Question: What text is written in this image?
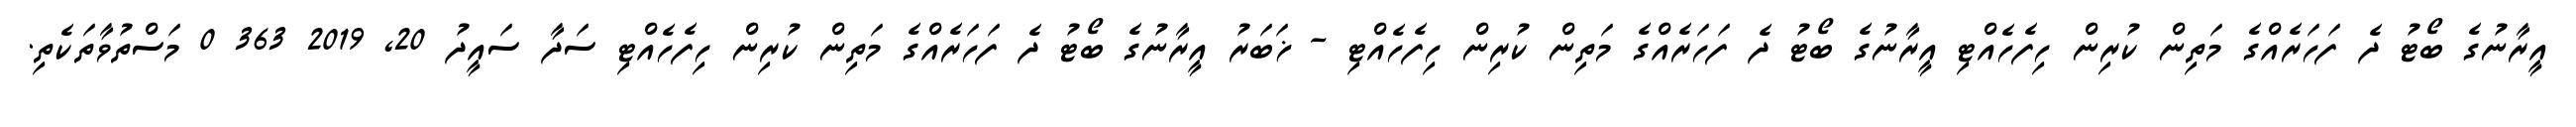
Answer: އީރާނުގެ ބޯޓު ދެ ފަހަރެއްގެ މަތިން ކުރިން ހިފެހެއްޓި އީރާނުގެ ބޯޓު ދެ ފަހަރެއްގެ މަތިން ކުރިން ހިފެހެއްޓި - ޚަބަރު އީރާނުގެ ބޯޓު ދެ ފަހަރެއްގެ މަތިން ކުރިން ހިފެހެއްޓި ސަދާ ސައީދު 20, 2019 363 0 މަސްތުވާތަކެތި.